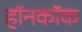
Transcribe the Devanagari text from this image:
हॉनकॉक